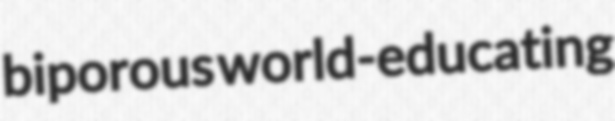
biporous world-educating